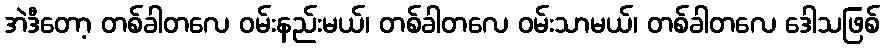
အဲဒီတော့ တစ်ခါတလေ ဝမ်းနည်းမယ်၊ တစ်ခါတလေ ဝမ်းသာမယ်၊ တစ်ခါတလေ ဒေါသဖြစ်